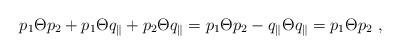
LaTeX: \begin{align*}p_1 \Theta p_2 + p_1 \Theta q_{\parallel} + p_2 \Theta q_{\parallel} = p_1 \Theta p_2 - q_{\parallel} \Theta q_{\parallel} = p_1 \Theta p_2 ~,\end{align*}